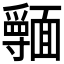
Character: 𩉃